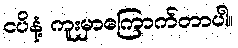
ငပိနံ့ ကူးမှာကြောက်တာပါ။